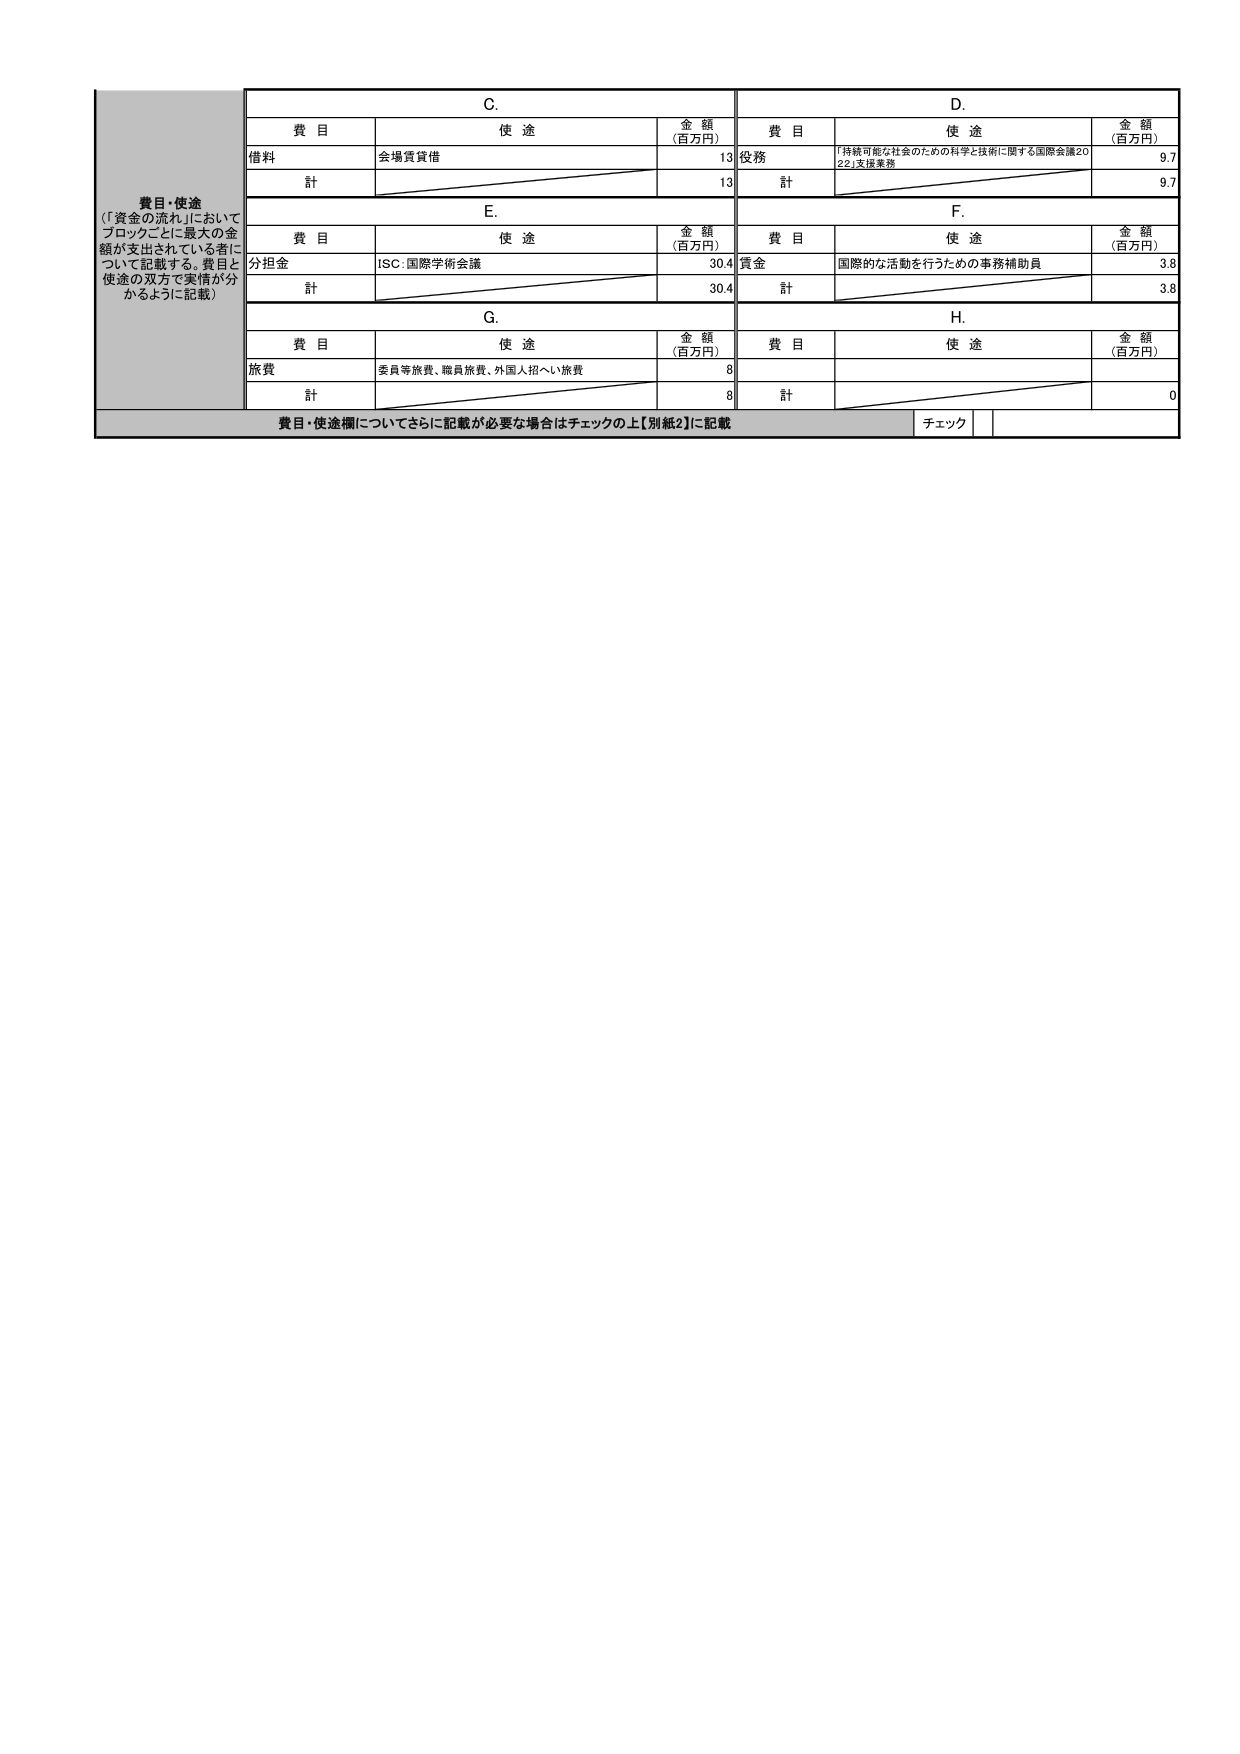
費目・使途
（「資金の流れ」においてブロックごとに最大の金額が支出されている者について記載する。費目と使途の双方で実情が分かるように記載）

C.
費目　　使途　　金額（百万円）
借料　　会場賃貸借　　13
計　　　　　　　　　13

D.
費目　　使途　　金額（百万円）
役務　　「持続可能な社会のための科学と技術に関する国際会議2022」支援業務　　9.7
計　　　　　　　　　9.7

E.
費目　　使途　　金額（百万円）
分担金　　ISC：国際学術会議　　30.4
計　　　　　　　　　30.4

F.
費目　　使途　　金額（百万円）
賃金　　国際的な活動を行うための事務補助員　　3.8
計　　　　　　　　　3.8

G.
費目　　使途　　金額（百万円）
旅費　　委員等旅費、職員旅費、外国人招へい旅費　　8
計　　　　　　　　　8

H.
費目　　使途　　金額（百万円）
　　　　　　　　　　0
計　　　　　　　　　0

費目・使途欄についてさらに記載が必要な場合はチェックの上【別紙2】に記載
チェック